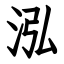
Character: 泓